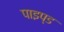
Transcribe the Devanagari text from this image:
पाइप्ड